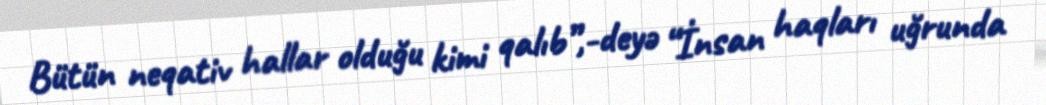
Bütün neqativ hallar olduğu kimi qalıb”,-deyə “İnsan haqları uğrunda